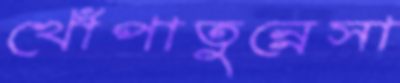
খোঁপাতুন্নেসা